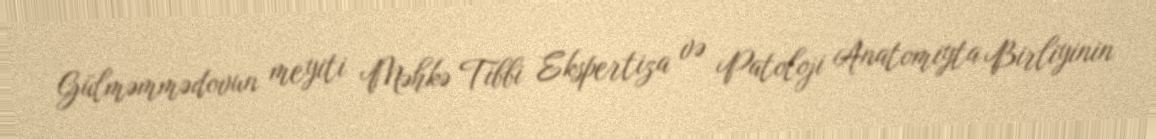
Gülməmmədovun meyiti Məhkə Tibbi Ekspertiza və Patoloji Anatomiyta Birliyinin